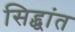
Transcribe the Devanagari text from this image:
सिद्द्धांत